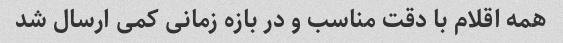
همه اقلام با دقت مناسب و در بازه زمانی کمی ارسال شد